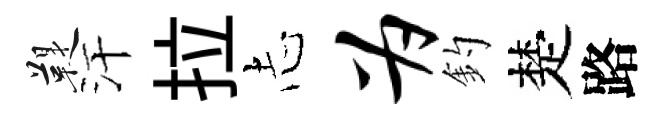
鞮汗拉𢖽为釣楚路